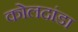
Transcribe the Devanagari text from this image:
कोलदांडा